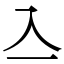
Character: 𠓛